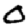
Digit: 0